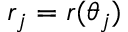
r _ { j } = r ( \theta _ { j } )